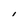
Character: l